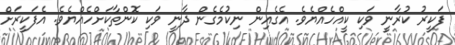
ފަކީރު ކުރާނީ ވަކި ކީއްހެއްޔެވެ. އެގެއިން ނިކުމެގެން ދާނީ ވަކި ކޮންތާކަށްހެއްޔެވެ. އެފަކީރަށް